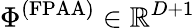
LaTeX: \Phi^{(\mathrm{FPAA})}\in\mathbb{R}^{D+1}